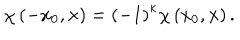
LaTeX: \chi \left( - x _ { 0 } , \mathbf { x } \right) = \left( - 1 \right) ^ { \kappa } \chi \left( x _ { 0 } , \mathbf { x } \right) .